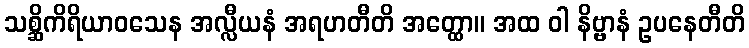
သစ္ဆိကိရိယာဝသေန အလ္လီယနံ အရဟတီတိ အတ္ထော။ အထ ဝါ နိဗ္ဗာနံ ဥပနေတီတိ